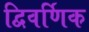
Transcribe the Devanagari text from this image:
द्विवर्णिक